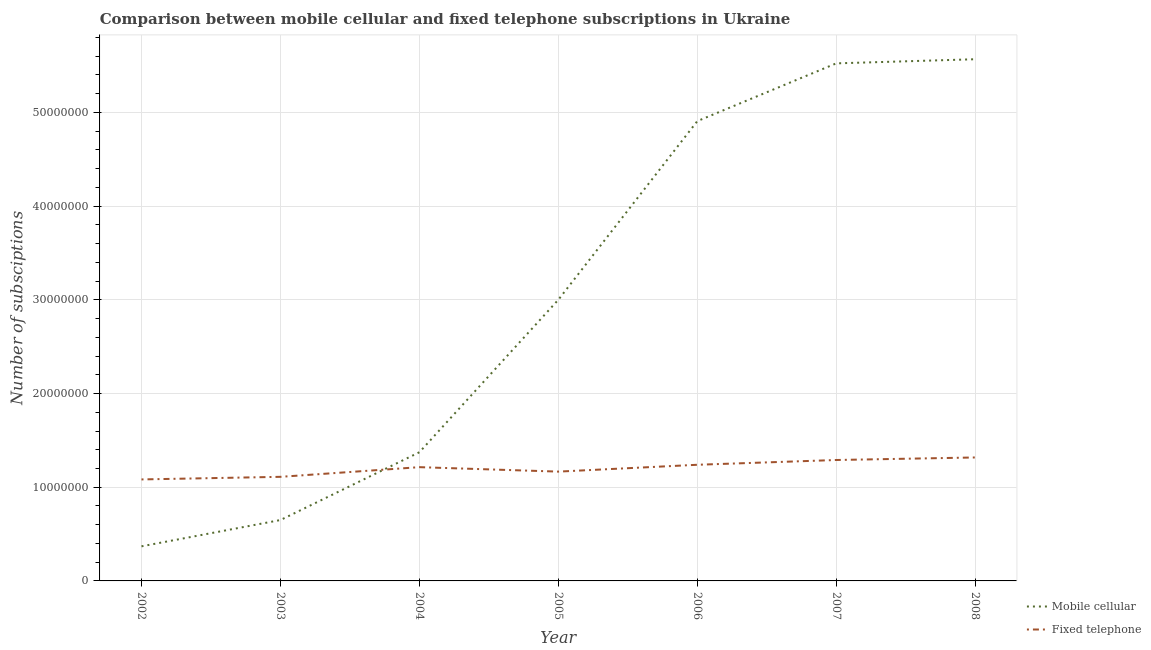
| Year | Mobile cellular | Fixed telephone |
 | --- | --- | --- |
 | 2002 | 3.69e+06 | 1.08e+07 |
 | 2003 | 6.5e+06 | 1.11e+07 |
 | 2004 | 1.37e+07 | 1.21e+07 |
 | 2005 | 3e+07 | 1.17e+07 |
 | 2006 | 4.91e+07 | 1.24e+07 |
 | 2007 | 5.52e+07 | 1.29e+07 |
 | 2008 | 5.57e+07 | 1.32e+07 |